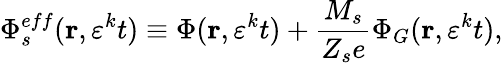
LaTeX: \Phi_{s}^{eff}(\mathbf{r},\varepsilon^{k}t)\equiv\Phi(\mathbf{r},\varepsilon^{k}t)+\frac{M_{s}}{Z_{s}e}\Phi_{G}(\mathbf{r},\varepsilon^{k}t),